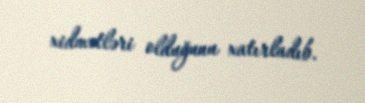
xidmətləri olduğunu xatırladıb.